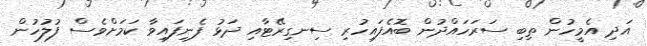
އަދި އެމީހުން ތިބި ސަރަހައްދުން ބޮއެފައިހުރި ސިނގިރޭޓާއި ދަޅު ފެނިފައިވާ ކަމަށްވެސް ފުލުހުން